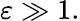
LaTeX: \varepsilon\gg 1.